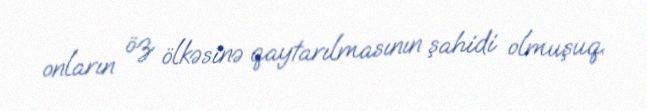
onların öz ölkəsinə qaytarılmasının şahidi olmuşuq.